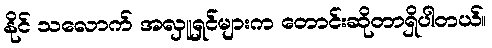
နိုင် သလောက် အလှူရှင်များက တောင်းဆိုတာရှိပါတယ်။